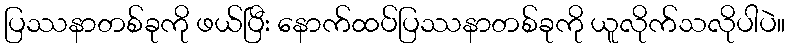
ပြဿနာတစ်ခုကို ဖယ်ပြီး နောက်ထပ်ပြဿနာတစ်ခုကို ယူလိုက်သလိုပါပဲ။